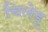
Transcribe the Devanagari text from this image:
चिलेडू